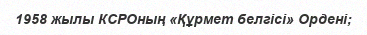
1958 жылы КСРОның «Құрмет белгісі» Ордені;